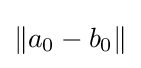
\|a_{0}-b_{0}\|